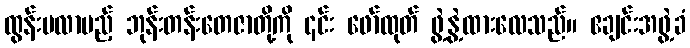
ထွန်းပလာမည့် ဘုန်းတန်းတေဇာတို့ကို ၎င်း ဖော်ထုတ် ဖွဲ့နွဲ့ထားလေသည်။ ဧချင်းအဖွဲ့ခံ